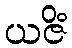
ယဇိံ